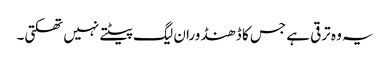
یہ وہ ترقی ہے جس کا ڈھنڈورا ن لیگ پیٹتے نہیں تھکتی۔